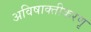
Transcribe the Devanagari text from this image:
अविषाक्तीकरणृ